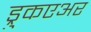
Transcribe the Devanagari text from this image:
ड्रुकएअर